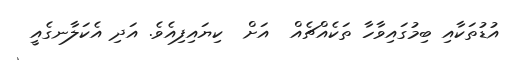
އުޑުތަކާއި ބިމުގައިވާހާ ތަކެއްޗެއް  އަށް  ކިޔައިފިއެވެ. އަދި އެކަލާނގެއީ